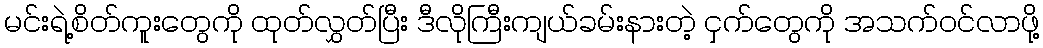
မင်းရဲ့စိတ်ကူးတွေကို ထုတ်လွှတ်ပြီး ဒီလိုကြီးကျယ်ခမ်းနားတဲ့ ငှက်တွေကို အသက်ဝင်လာဖို့